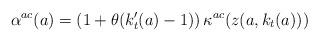
LaTeX: \begin{align*}\alpha^{ac}(a)= \left(1 + \theta(k_t'(a)-1)\right)\kappa^{ac}(z(a,k_t(a)))\end{align*}